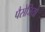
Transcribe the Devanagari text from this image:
पैसेजियो